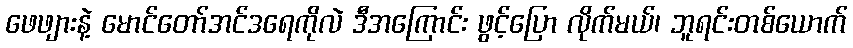
ဖေဖျားနဲ့ မောင်တော်အင်ဒရေကိုလဲ ဒီအကြောင်း ဖွင့်ပြော လိုက်မယ်၊ ဘူရင်းတစ်ယောက်